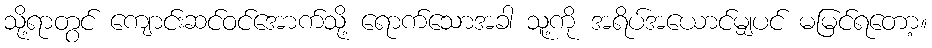
သို့ရာတွင် ကျောင်းဆင်ဝင်အောက်သို့ ရောက်သောအခါ သူ့ကို အရိပ်အယောင်မျှပင် မမြင်ရတော့။